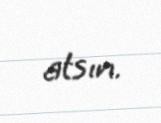
atsın.